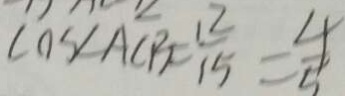
\cos \angle A C B = \frac { 1 2 } { 1 5 } = \frac { 4 } { 5 }